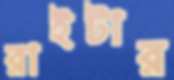
রাইটার